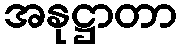
အနုဋ္ဌာတာ